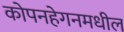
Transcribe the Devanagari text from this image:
कोपनहेगनमधील